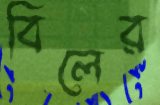
বিলের